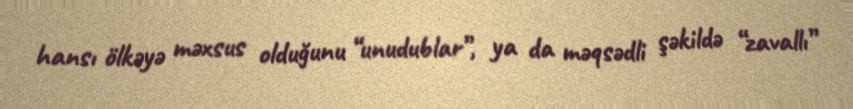
hansı ölkəyə məxsus olduğunu “unudublar”, ya da məqsədli şəkildə “zavallı”